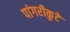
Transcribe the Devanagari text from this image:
पांगरीकुटे